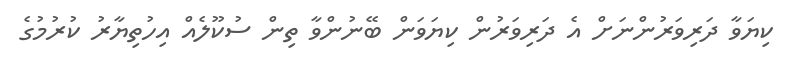
ކިޔަވާ ދަރިވަރުންނަށް އެ ދަރިވަރުން ކިޔަވަން ބޭނުންވާ ތިން ސުކޫލެއް އިހުތިޔާރު ކުރުމުގެ